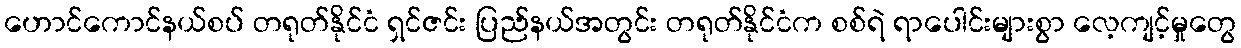
ဟောင်ကောင်နယ်စပ် တရုတ်နိုင်ငံ ရှင်ဇင်း ပြည်နယ်အတွင်း တရုတ်နိုင်ငံက စစ်ရဲ ရာပေါင်းများစွာ လေ့ကျင့်မှုတွေ